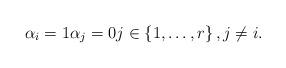
LaTeX: \begin{align*} \alpha_{i}=1 \alpha_{j}=0 j\in \left\{1, \ldots, r\right\}, j\neq i. \end{align*}